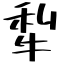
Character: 犁